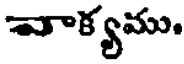
వాక్యము.